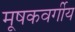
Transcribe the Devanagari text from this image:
मूषकवर्गीय